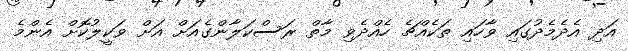
އަދި އެދެމެދުގައި ވާހައި ތަކެއްޗެ ހެއްދެވި މާތް ރަސްކަލާންގެއަށް އަށް ވަކީލުކޮށް އެންމެ